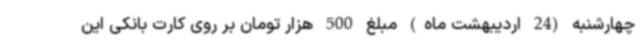
چهارشنبه (24 اردیبهشت ماه) مبلغ 500 هزار تومان بر روی کارت بانکی این